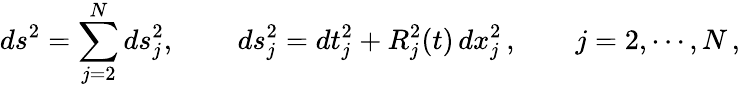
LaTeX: ds^{2}=\sum_{j=2}^{N}ds_{j}^{2},\quad\quad\, ds_{j}^{2}=dt_{j}^{2}+R_{j}^{2}(t)\, dx_{j}^{2}\, ,\qquad j=2,\cdots,N\, ,